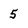
Character: 5